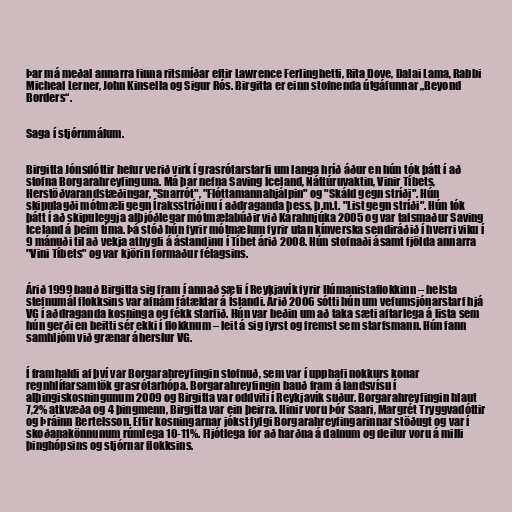
Þar má meðal annarra finna ritsmíðar eftir Lawrence Ferlinghetti, Rita Dove, Dalai Lama, Rabbi
Micheal Lerner, John Kinsella og Sigur Rós. Birgitta er einn stofnenda útgáfunnar „Beyond
Borders“.

Saga í stjórnmálum.

Birgitta Jónsdóttir hefur verið virk í grasrótarstarfi um langa hríð áður en hún tók þátt í að
stofna Borgarahreyfinguna. Má þar nefna Saving Iceland, Náttúruvaktin, Vinir Tíbets,
Herstöðvarandstæðingar, "Snarrót", "Flóttamannahjálpin" og "Skáld gegn stríði". Hún
skipulagði mótmæli gegn Íraksstríðinu í aðdraganda þess, þ.m.t. "List gegn stríði". Hún tók
þátt í að skipuleggja alþjóðlegar mótmælabúðir við Kárahnjúka 2005 og var talsmaður Saving
Iceland á þeim tíma. Þá stóð hún fyrir mótmælum fyrir utan kínverska sendiráðið í hverri viku í
9 mánuði til að vekja athygli á ástandinu í Tíbet árið 2008. Hún stofnaði ásamt fjölda annarra
"Vini Tíbets" og var kjörin formaður félagsins.

Árið 1999 bauð Birgitta sig fram í annað sæti í Reykjavík fyrir Húmanistaflokkinn – helsta
stefnumál flokksins var afnám fátæktar á Íslandi. Árið 2006 sótti hún um vefumsjónarstarf hjá
VG í aðdraganda kosninga og fékk starfið. Hún var beðin um að taka sæti aftarlega á lista sem
hún gerði en beitti sér ekki í flokknum – leit á sig fyrst og fremst sem starfsmann. Hún fann
samhljóm við grænar áherslur VG.

Í framhaldi af því var Borgarahreyfingin stofnuð, sem var í upphafi nokkurs konar
regnhlífarsamtök grasrótarhópa. Borgarahreyfingin bauð fram á landsvísu í
alþingiskosningunum 2009 og Birgitta var oddviti í Reykjavík suður. Borgarahreyfingin hlaut
7,2% atkvæða og 4 þingmenn, Birgitta var ein þeirra. Hinir voru Þór Saari, Margrét Tryggvadóttir
og Þráinn Bertelsson. Eftir kosningarnar jókst fylgi Borgarahreyfingarinnar stöðugt og var í
skoðanakönnunum rúmlega 10-11%. Fljótlega fór að harðna á dalnum og deilur voru á milli
þinghópsins og stjórnar flokksins.